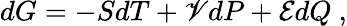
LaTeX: dG=-SdT+\mathscr{V}dP+{\mathcal{{E}}}dQ\ ,